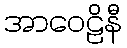
အာဝေဠိနီ